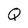
Character: Q